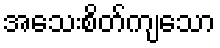
အသေးစိတ်ကျသော